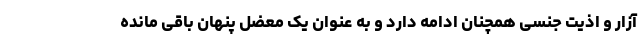
آزار و اذیت جنسی همچنان ادامه دارد و به عنوان یک معضل پنهان باقی مانده